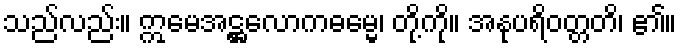
သည်လည်း။ ဣမေအဋ္ဌလောကဓမ္မေ၊ တို့ကို။ အနုပရိဝတ္တတိ၊ ၏။